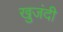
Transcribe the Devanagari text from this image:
खुजंदी